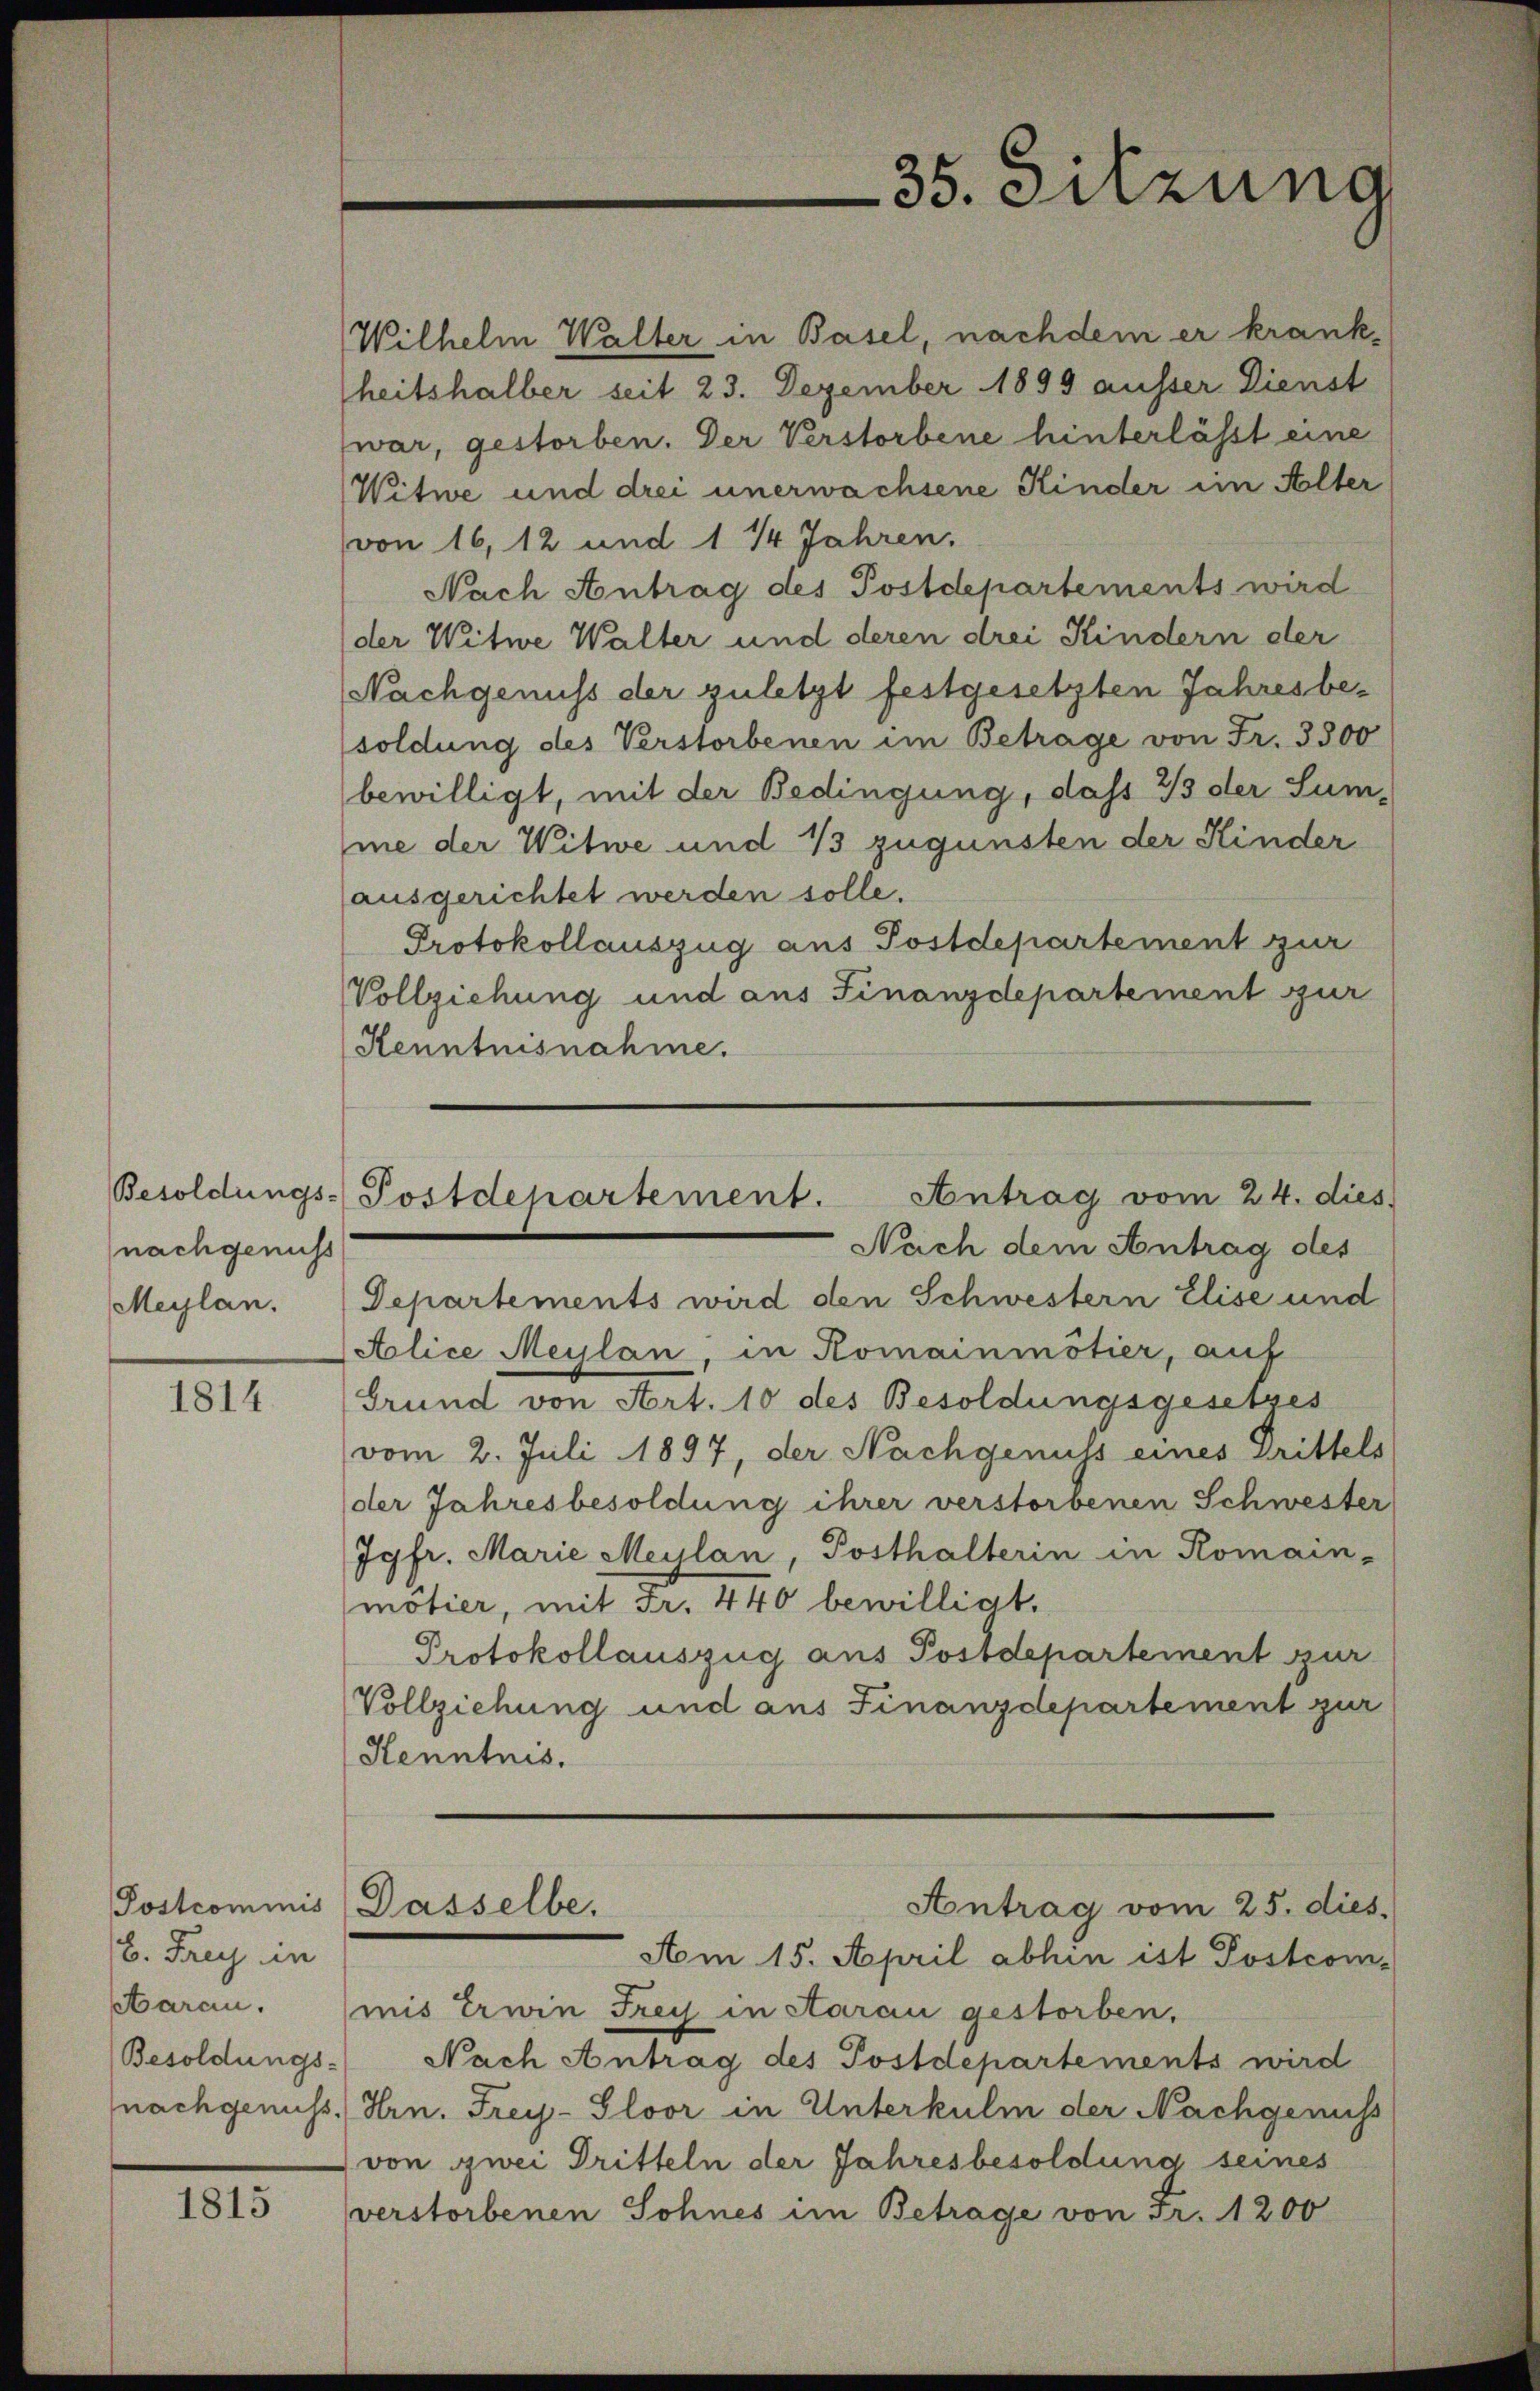
nachgenuss
Meylan.

1814.

Postcommis
B. Frey in

1815

Wilhelm Walter in Basel, nachdem er krankheitshalber seit 23. Dezember 1899 ausser Dienst
war, gestorben. Der Verstorbene hinterlässt eine
Witwe und drei unerwachsene Kinder im Alter

35. Sitzung

von 16, 12 und 1 ½ Jahren.
Nach Antrag des Postdepartements wird
der Witwe Walter und deren drei Kindern der
Nachgenuss der zuletzt festgesetzten Jahresbesoldung des Verstorbenen im Betrage von Fr. 3500
bewilligt, mit der Bedingung, dass 33 der Sum-
me der Witwe und 13 zugunsten der Kinder
ausgerichtet werden solle.
Protokollauszug aus Postdepartement zur
Vollziehung und aus Finanzdepartement zur
Kenntnisnahme.

Departements wird den Schwestern Elise und
Aolice Meylan, in Romainmötier, auf
Grund von Art. 10 des Besoldungsgesetzes
vom 2. Juli 1897, der Nachgenuss eines Drittels
der Jahresbesoldung ihrer verstorbenen Schwester
Jgfr. Marie Meilan, Posthalterin in Romain-
mötier, mit Fr. 440 bewilligt.
Protokollauszug aus Postdepartement zur
Vollziehung und aus Finanzdepartement zur
Kenntnis.

Antrag vom 24. dies
Besoldungs-Postdepartement.
Nach dem Antrag des

Dasselbe.

Antrag vom 25. dies

Aom 15. April abhin ist Postcom-
Aarau. (mis Erwin Frey in Aarau gestorben,
Besoldungs- Nach Antrag des Postdepartements wird
nachgenuss. Hrn. Frey-Gloor in Unterkulm der Nachgenuss
von zwei Dritteln der Jahresbesoldung seines
verstorbenen Sohnes im Betrage von Fr. 1200